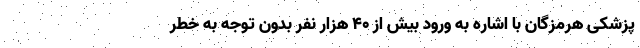
پزشکی هرمزگان با اشاره به ورود بیش از ۴۰ هزار نفر بدون توجه به خطر